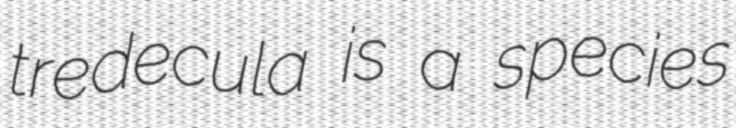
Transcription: tredecula is a species